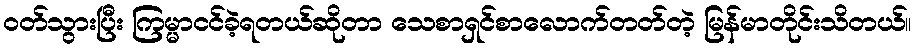
ဝတ်သွားပြီး ကြမ္မာငင်ခဲ့ရတယ်ဆိုတာ သေစာရှင်စာလောက်တတ်တဲ့ မြန်မာတိုင်းသိတယ်။